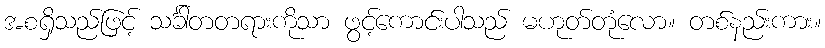
အစရှိသည်ဖြင့် သင်္ခါတတရားကိုသာ ဖွင့်ကောင်းပါသည် မဟုတ်တုံလော။ တစ်နည်းကား။